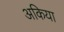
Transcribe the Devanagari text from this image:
अकिया